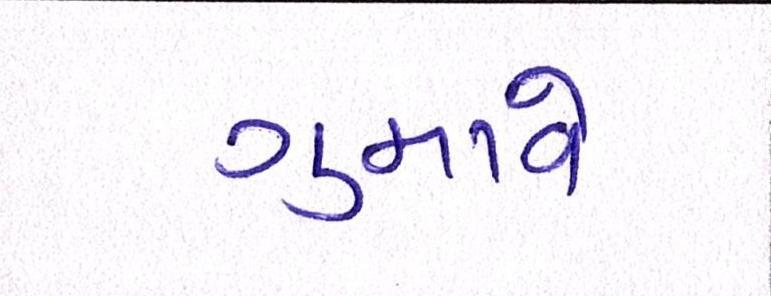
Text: ગુમાવે